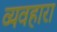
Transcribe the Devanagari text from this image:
व्यवहारा